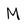
Character: M